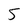
Character: 5